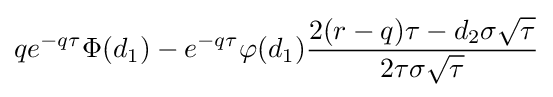
qe^{-q\tau }\Phi (d_{1})-e^{-q\tau }\varphi (d_{1}){\frac {2(r-q)\tau -d_{2}\sigma {\sqrt {\tau }}}{2\tau \sigma {\sqrt {\tau }}}}